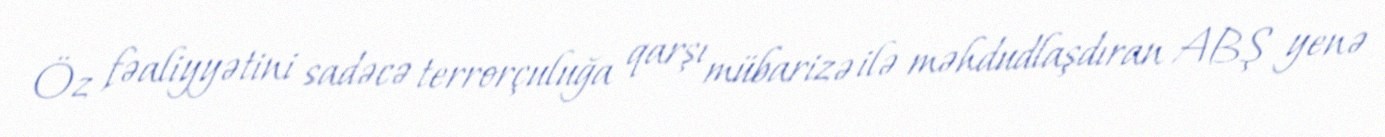
Öz fəaliyyətini sadəcə terrorçuluğa qarşı mübarizə ilə məhdudlaşdıran ABŞ yenə